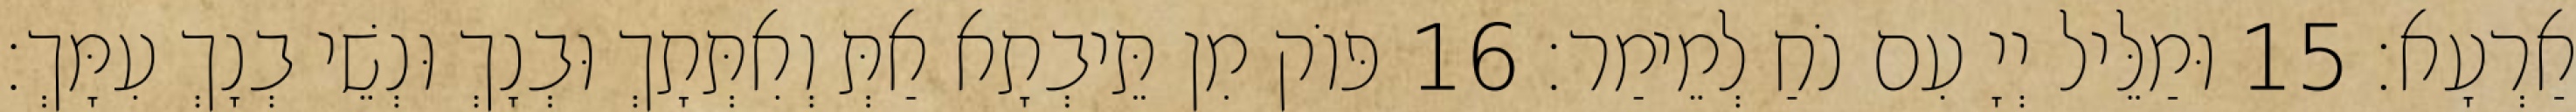
אַרְעָא׃ 15 וּמַלֵּיל יְיָ עִם נֹחַ לְמֵימַר׃ 16 פּוֹק מִן תֵּיבְתָא אַתְּ וְאִתְּתָךְ וּבְנָךְ וּנְשֵׁי בְנָךְ עִמָּךְ׃